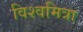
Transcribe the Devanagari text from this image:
विश्वमित्रा